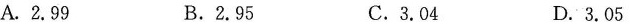
A.2.99 B.2.95 C.3.04 D.3.05